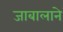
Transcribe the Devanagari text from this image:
जाबालाने